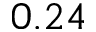
0 . 2 4